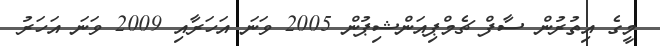
މީގެ އިތުރުން ސާފް ޗެމްޕިއަންޝިޕުން 2005 ވަނަ އަހަރާއި 2009 ވަނަ އަހަރު